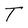
Character: T